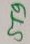
Text: ST9